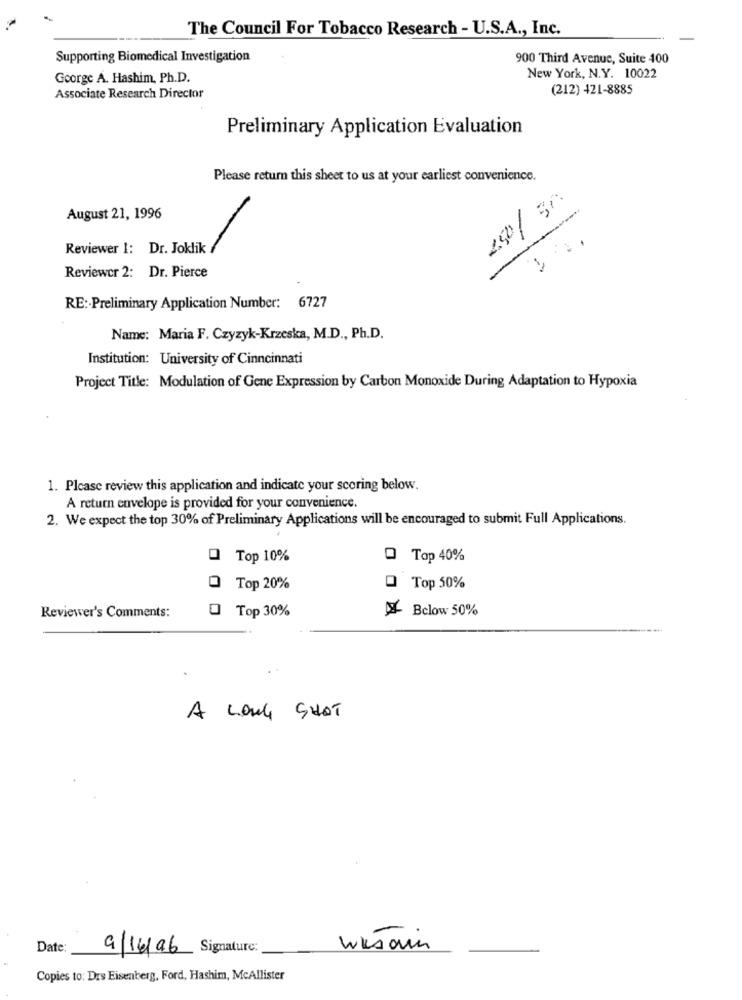
The Council For Tobacco Research - U.S.A ., Inc.
Supporting Biomedical Investigation
900 Third Avenue, Suite 400
George A. Hashim, Ph.D.
New York, N.Y. 10022
(212) 421-8885
Associate Research Director
Preliminary Application Evaluation
Please return this sheet to us at your earliest convenience.
2.50/ gr.
August 21, 1996
Reviewer 1: Dr. Joklik
Reviewer 2: Dr. Pierce
RE :- Preliminary Application Number: 6727
Name: Maria F. Czyzyk-Krzeska, M.D ., Ph.D.
Institution: University of Cinncinnati
Project Title: Modulation of Gene Expression by Carbon Monoxide During Adaptation to Hypoxia
1. Please review this application and indicate your scoring below.
A return envelope is provided for your convenience.
2. We expect the top 30% of Preliminary Applications will be encouraged to submit Full Applications.
0 Top 10%
@ Top 40%
Top 20%
@ Top 50%
0
Bclow 50%
Reviewer's Comments:
Top 30%
A LONG SHOT
Date:
9/14/96 Signature:
Wksom
Copies to: Des Eisenberg, Ford, Hashim, McAllister